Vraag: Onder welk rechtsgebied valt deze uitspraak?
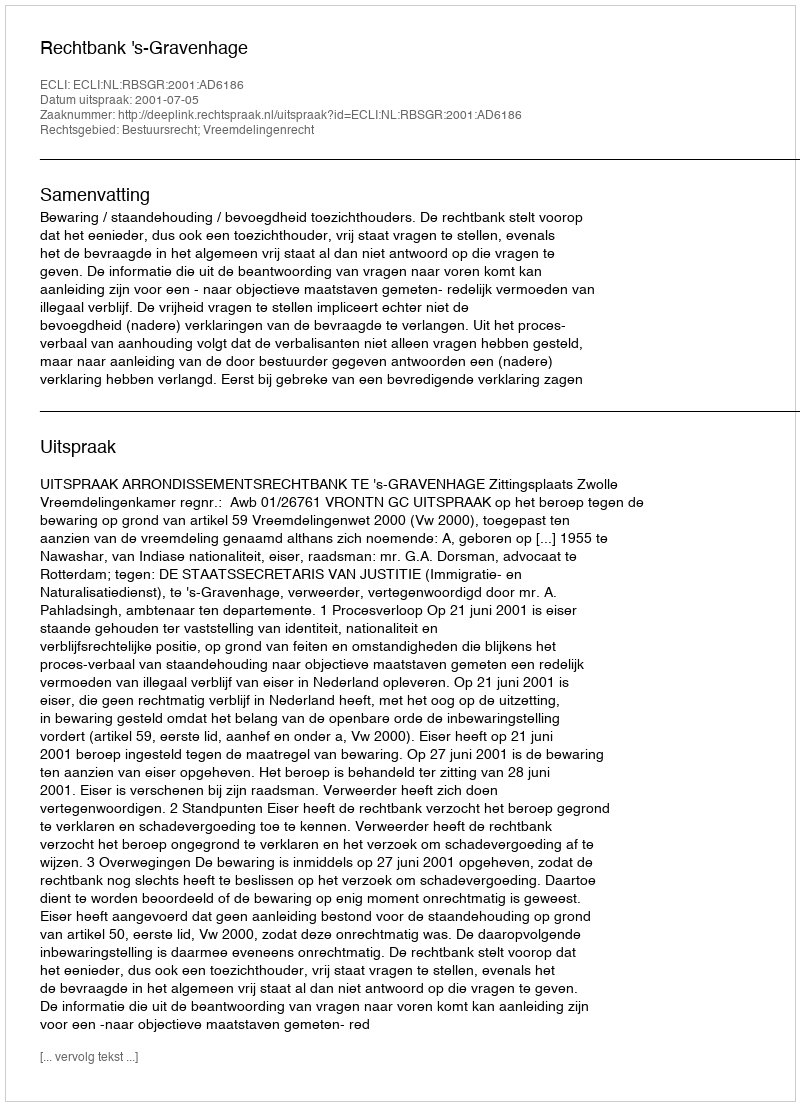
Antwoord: Bestuursrecht; Vreemdelingenrecht